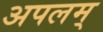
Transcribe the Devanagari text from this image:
अपलम्